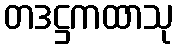
တဒဋ္ဌကထာသု